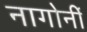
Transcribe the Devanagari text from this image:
नागोर्नी